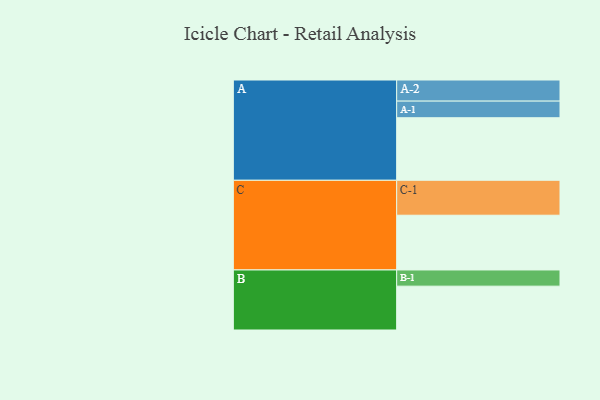
{"axis": {"x": "Segment", "y": "Value"}, "legend": ["", "A", "B", "C"], "data": [{"x": "A", "y": 471, "type": ""}, {"x": "B", "y": 330, "type": ""}, {"x": "C", "y": 412, "type": ""}, {"x": "A-1", "y": 125, "type": "A"}, {"x": "A-2", "y": 159, "type": "A"}, {"x": "B-1", "y": 122, "type": "B"}, {"x": "C-1", "y": 263, "type": "C"}]}